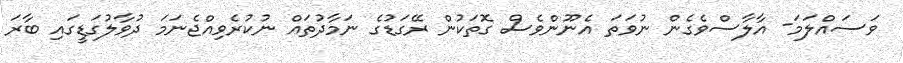
ވަސައްލަމަ- އާލާސްވެގެން ނުވަތަ އެނޫންވެސް ގޮތަކުން ރޭގަޑުގެ ނަމާދުތައް ނުކުރެވިއްޖެނަމަ ދުވާލުގަޑީގައި ބާރަ